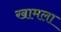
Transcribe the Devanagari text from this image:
खामला